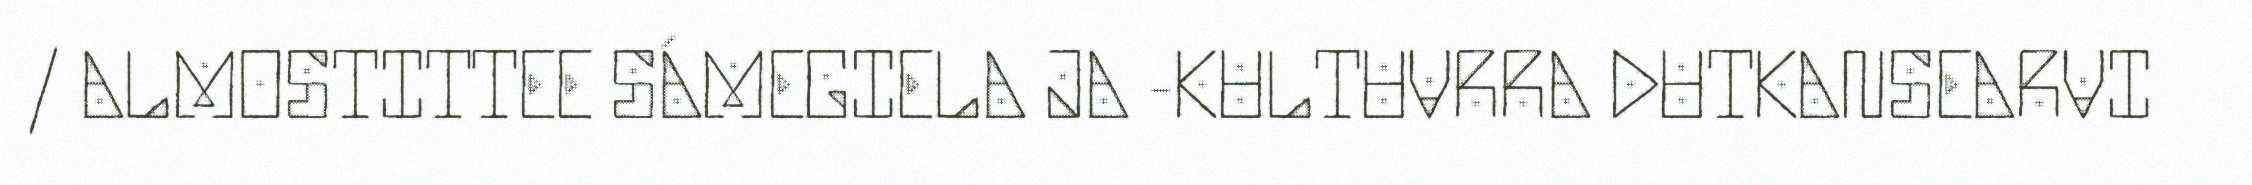
/ ALMOSTITTEE SÁMEGIELA JA -KULTUVRRA DUTKANSEARVI